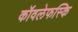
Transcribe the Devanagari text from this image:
कॉवलेफस्कि